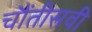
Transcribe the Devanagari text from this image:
चौंतीसवी